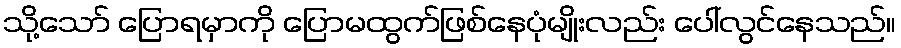
သို့သော် ပြောရမှာကို ပြောမထွက်ဖြစ်နေပုံမျိုးလည်း ပေါ်လွင်နေသည်။